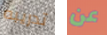
تدريبه عن